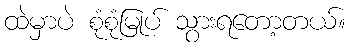
ထဲမှာပဲ စုံစုံမြုပ် သွားရတော့တယ်။